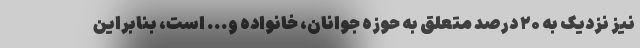
نیز نزدیک به ۲۰ درصد متعلق به حوزه جوانان، خانواده و... است، بنابراین